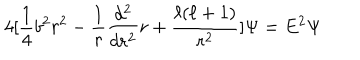
4 [ \frac { 1 } { 4 } b ^ { 2 } r ^ { 2 } - \frac { 1 } { r } \frac { d ^ { 2 } } { d r ^ { 2 } } r + \frac { \ell ( \ell + 1 ) } { r ^ { 2 } } ] \Psi = E ^ { 2 } \Psi